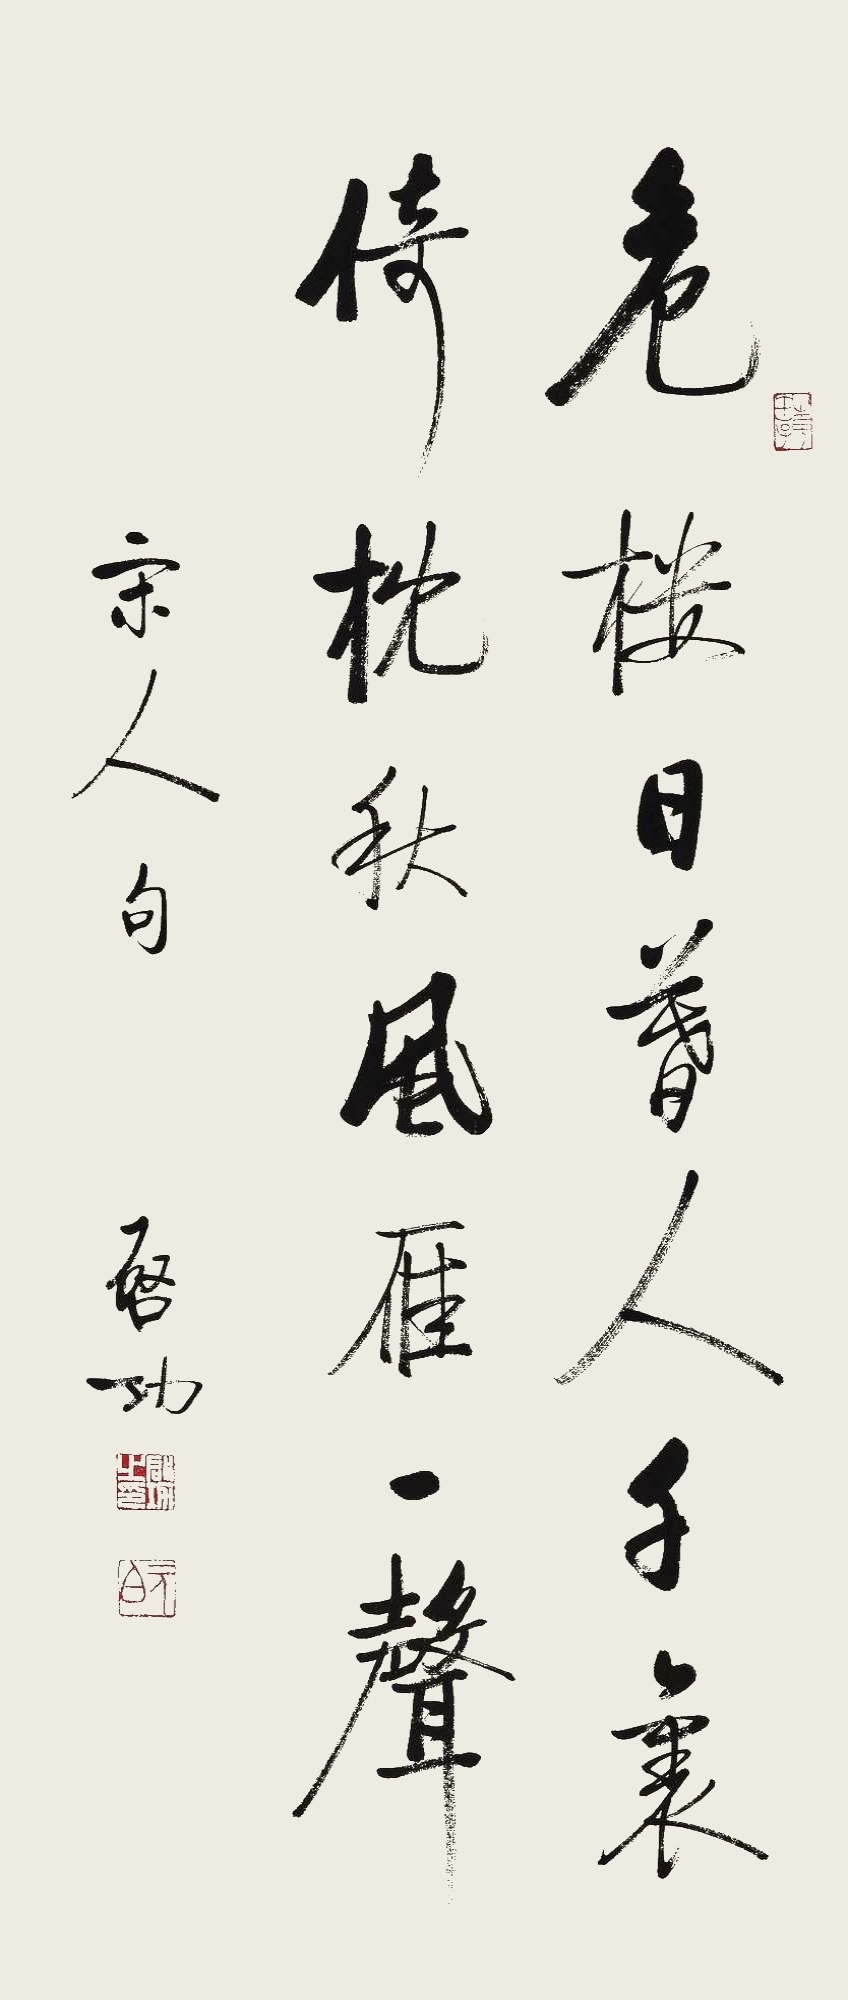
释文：危楼日暮人千里，倚枕秋风雁一声。宋人句。启功。